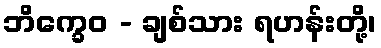
ဘိက္ခေဝ - ချစ်သား ရဟန်းတို့၊